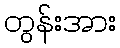
တွန်းအား